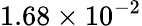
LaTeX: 1.68\times 10^{-2}